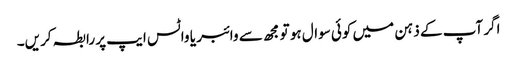
اگر آپ کے ذہن میں کوئی سوال ہو تو مجھ سے وائبر یا واٹس ایپ پر رابطہ کریں۔